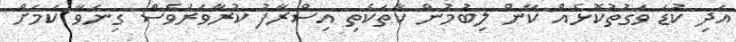
އަދި ކުޑަ ވަގުތުކޮޅެއް ކާން ލިބުމުން ކާތަކެތި އިސްރާފު ކުރާވަރުވެސް ގިނަވާ ކަމަށް